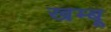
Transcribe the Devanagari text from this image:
खम्बू